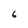
Character: 6